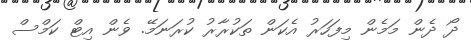
ދޯ ދެން މަމެން މިފަހަރު އެކަން ތަކުރާރު ކުރަނަމޭ. ވެން އިޓް ކަމްސް